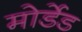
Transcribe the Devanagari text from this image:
मोर्डेड